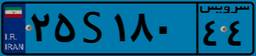
۴۱S۴۷۹۵۸